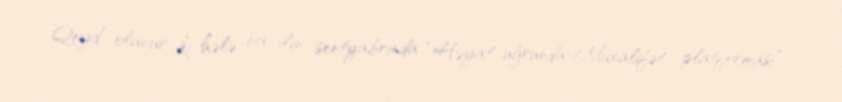
Qeyd olunur ki, hələ bu ilin sentyabrında “Həyat uğrunda-Müxalifət platforması”